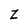
Character: Z